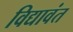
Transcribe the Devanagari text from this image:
विद्यावंत